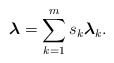
\begin{align*}\boldsymbol{\lambda} = \sum\limits_{k=1}^m s_k \boldsymbol{\lambda}_k.\end{align*}